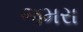
જમરા